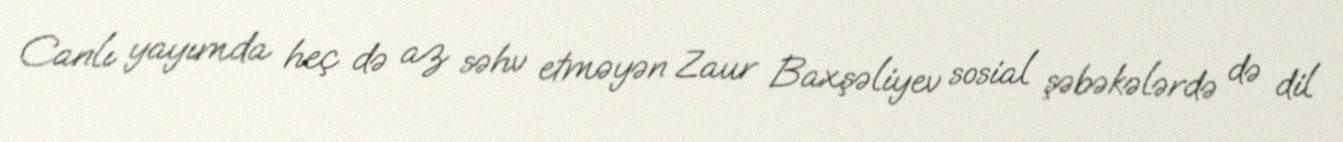
Canlı yayımda heç də az səhv etməyən Zaur Baxşəliyev sosial şəbəkələrdə də dil